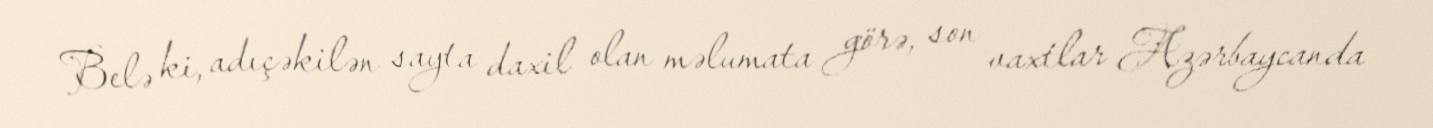
Belə ki, adıçəkilən sayta daxil olan məlumata görə, son vaxtlar Azərbaycanda